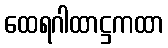
ထေရဂါထာဋ္ဌကထာ